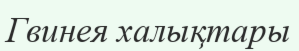
Гвинея халықтары